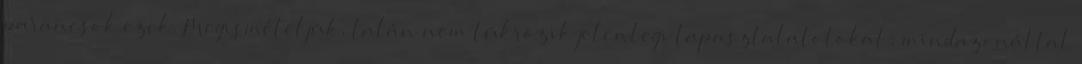
parancsok ezek. Megismételjük, talán nem tükrözik jelenlegi tapasztalatotokat; mindazonáltal